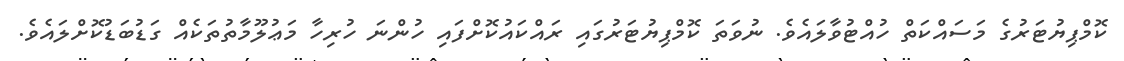
ކޮމްޕިޔުޓަރުގެ މަސައްކަތް ހުއްޓުވާލައެވެ. ނުވަތަ ކޮމްޕިޔުޓަރުގައި ރައްކައުކޮށްފައި ހުންނަ ހުރިހާ މަޢުލޫމާތުތަކެއް ގަޑުބަޑުކޮށްލައެވެ.